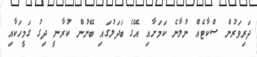
ދަރިވަރުން ސްކާޓެއް ނުލާނެ ކަމަށާއި އޭގެ ބަދަލުގައި ބޭނުން ކުރާނީ ދިގު ގަމީހަކާއި